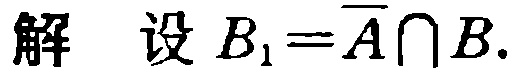
解 设 \(B_{1}=\overline{A}\cap B\).